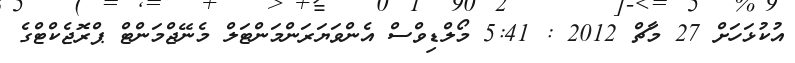
އުކުޅަހަށް 27 މާޗް 2012 : 5:41 މޯލްޑިވްސް އެންވަޔަރަންމަންޓަލް މެނޭޖްމަންޓް ޕްރޮޖެކްޓްގެ